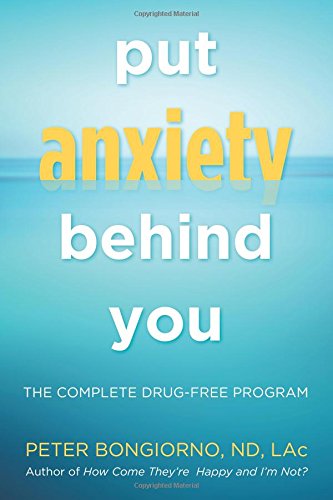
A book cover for Put Anxiety Behind You: The Complete Drug-Free Program; Peter Bongiorno ND Lac; Self-Help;